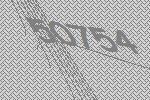
50754